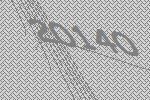
20140